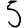
Digit: 5